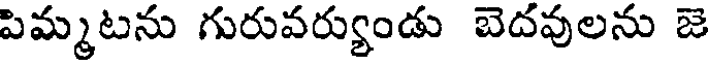
పిమ్మటను గురువర్యుండు బెదవులను జె